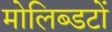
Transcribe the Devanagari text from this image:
मोलिब्डटों